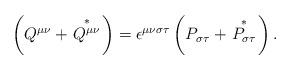
LaTeX: \begin{align*}\left( Q^{\mu\nu}+\overset{\ast}{\left. Q^{\mu\nu}\right. }\right)=\epsilon^{\mu\nu\sigma\tau}\left( P_{\sigma\tau}+\overset{\ast}{\left.P_{\sigma\tau}\right. }\right) . \end{align*}